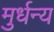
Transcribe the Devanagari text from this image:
मुर्धन्य